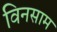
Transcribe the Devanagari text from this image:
विनसाम